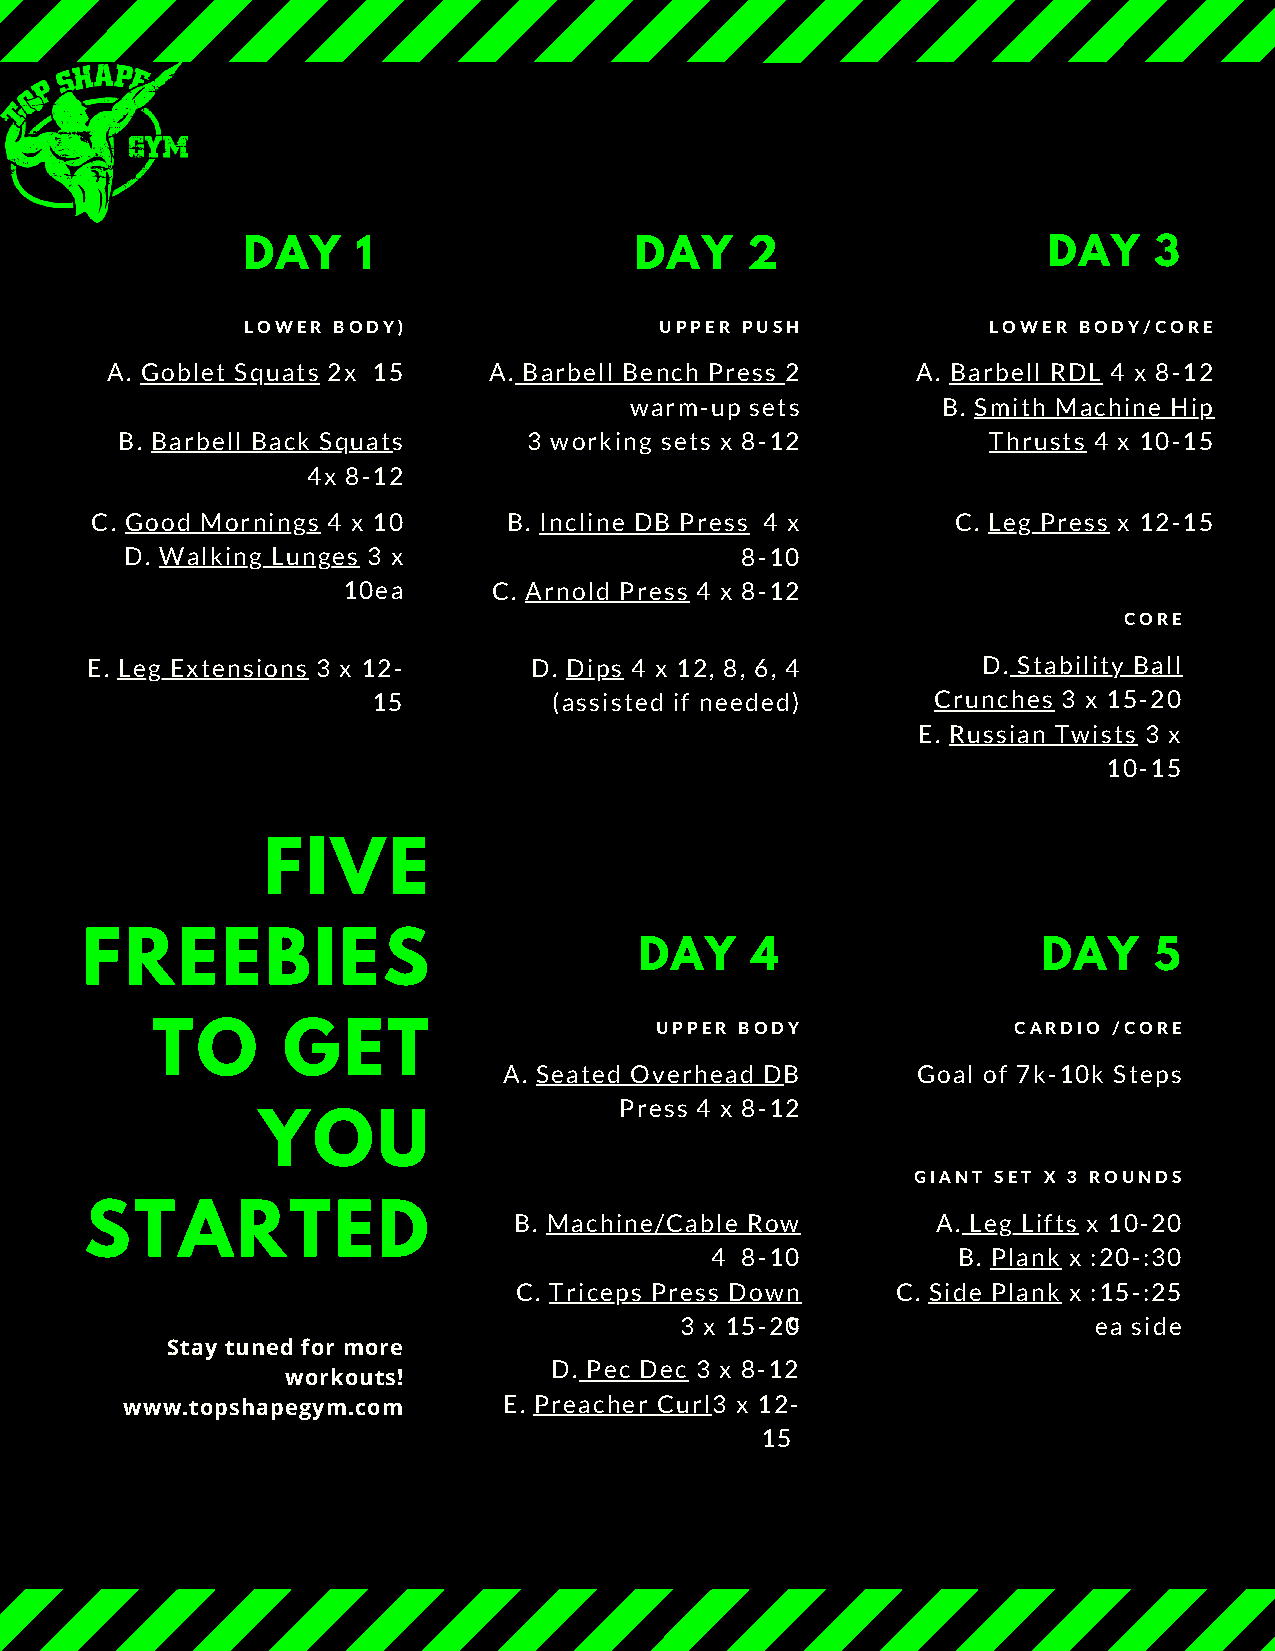
DAY     1                 DAY    2                   DAY    3
 LOWER BODY)                 UPPER PUSH            LOWER BODY/CORE
 A. Goblet Squats 2x 15   A. Barbell Bench Press 2     A. Barbell RDL 4 x 8-12
 warm-up sets        B. Smith Machine Hip
 B. Barbell Back Squats     3 working sets x 8-12         Thrusts 4 x 10-15
 4x 8-12
 C. Good Mornings 4 x 10     B. Incline DB Press 4 x      C. Leg Press x 12-15
 D. Walking Lunges 3 x                    8-10
 10ea      C. Arnold Press 4 x 8-12
 CORE
 E. Leg Extensions 3 x 12-    D. Dips 4 x 12, 8, 6, 4       D. Stability Ball
 15          (assisted if needed)     Crunches 3 x 15-20
 E. Russian Twists 3 x
 10-15
 FIVE
 FREEBIES                             DAY     4                  DAY    5
 UPPER BODY              CARDIO /CORE
 TO       GET
 A. Seated Overhead DB       Goal of 7k-10k Steps
 Press 4 x 8-12
 YOU
 GIANT SET X 3 ROUNDS
 STARTED                     B. Machine/Cable Row        A. Leg Lifts x 10-20
 4 8-10          B. Plank x :20-:30
 C. Triceps Press Down    C. Side Plank x :15-:25
 3 x 15-20C                 ea side
 Stay tuned for more
 D. Pec Dec 3 x 8-12
 workouts!
 www.topshapegym.com      E. Preacher Curl3 x 12-
 15